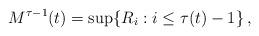
LaTeX: \begin{align*}M^{\tau-1}(t)=\sup\{R_i:i \leq \tau(t)-1\}\,,\end{align*}